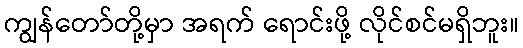
ကျွန်တော်တို့မှာ အရက် ရောင်းဖို့ လိုင်စင်မရှိဘူး။